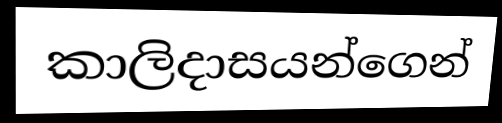
කාලිදාසයන්ගෙන්